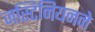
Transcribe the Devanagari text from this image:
जस्टिनियनने